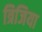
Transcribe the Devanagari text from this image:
त्रिजिया